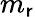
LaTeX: m_{\mathsf{r}}